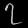
Digit: ၇